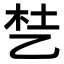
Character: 𬼦